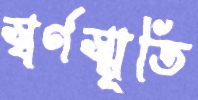
স্বর্ণস্মৃতি